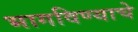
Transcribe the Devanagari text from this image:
भागविण्याचे